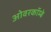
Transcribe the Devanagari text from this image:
ओवरकॉम्बे